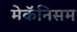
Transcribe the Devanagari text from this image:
मेकॅनिसम